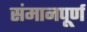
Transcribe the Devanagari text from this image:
संमानपूर्ण